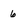
Character: 6